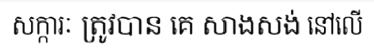
សក្ការៈ ត្រូវបាន គេ សាងសង់ នៅលើ